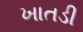
ખાતડી